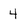
Character: 4